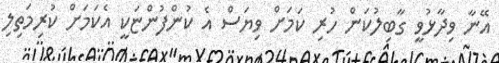
އޭނާ ވިދާޅުވީ ގާބިލުކަން ހުރި ކަމަށް ވިޔަސް އެ ކުންފުންޏަކީ އެކަމަށް ކުރިމަތިލި